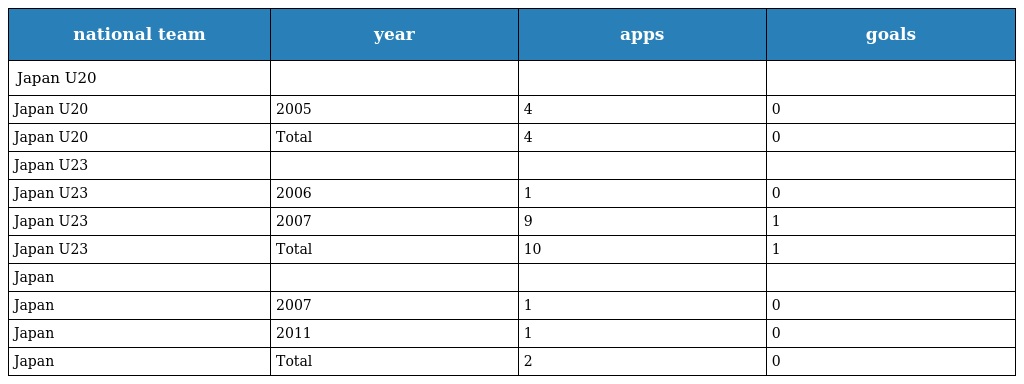
| national team | year | apps | goals |
 | --- | --- | --- | --- |
 | Japan U20 |  |  |  |
 | Japan U20 | 2005 | 4 | 0 |
 | Japan U20 | Total | 4 | 0 |
 | Japan U23 |  |  |  |
 | Japan U23 | 2006 | 1 | 0 |
 | Japan U23 | 2007 | 9 | 1 |
 | Japan U23 | Total | 10 | 1 |
 | Japan |  |  |  |
 | Japan | 2007 | 1 | 0 |
 | Japan | 2011 | 1 | 0 |
 | Japan | Total | 2 | 0 |